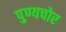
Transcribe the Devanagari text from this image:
पुण्यचोर